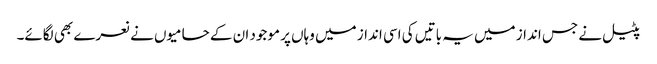
پٹیل نے جس انداز میں یہ باتیں کی اسی انداز میں وہاں پر موجود ان کے حامیوں نے نعرے بھی لگائے۔